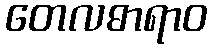
တေလဓာရာဝ